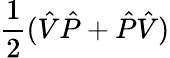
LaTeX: \frac{1}{2}(\hat{V}\hat{P}+\hat{P}\hat{V})